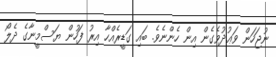
ނުޖަހަން ވަޢުދުވެގެން އިން ހެންނެވެ. ބައި ގަޑީރެއްހާ އިރު ފަހުން ޔަސްމީނާގެ ދެލޯ